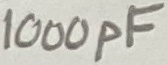
Text: 1000pF